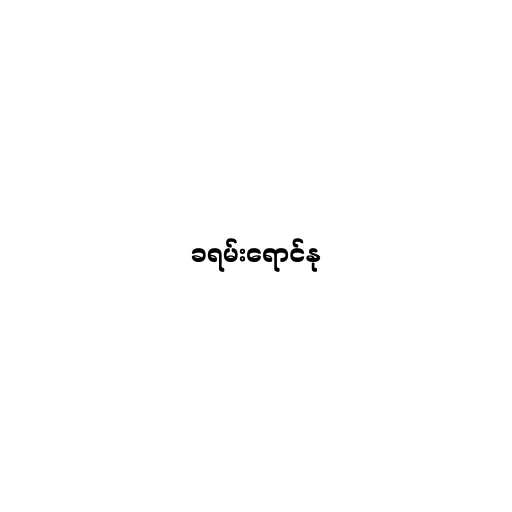
ခရမ်းရောင်နု